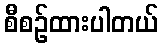
စီစဉ်ထားပါတယ်